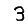
Digit: 3